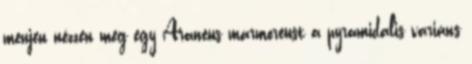
menjen nézzen meg egy Araneus marmoreust a pyramidalis variáns